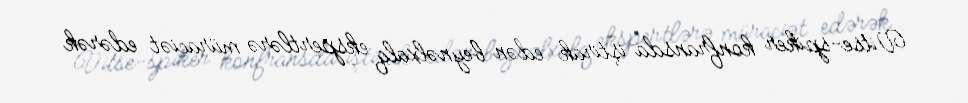
Vitse-spiker konfransda iştirak edən beynəlxalq ekspertlərə müraciət edərək